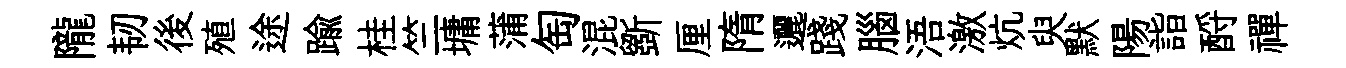
隴韧後殖途踰桂竺墉蒲匋混斵厘隋邐踐腦浯激炕臾默陽詣酹禪